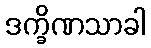
ဒက္ခိဏသာခါ